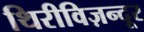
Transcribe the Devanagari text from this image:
थिरीविज़न्दूर